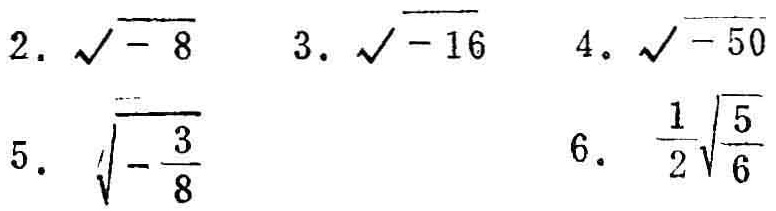
2. $\sqrt{-8}$
3. $\sqrt{-16}$
4. $\sqrt{-50}$
5. $\sqrt{-\frac{3}{8}}$
6. $\frac{1}{2}\sqrt{\frac{5}{6}}$